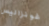
غونزاليس